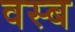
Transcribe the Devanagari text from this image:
वस्ब